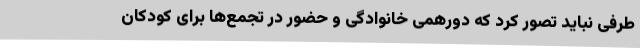
طرفی نباید تصور کرد که دورهمی خانوادگی و حضور در تجمع‌ها برای کودکان